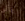
نأتى